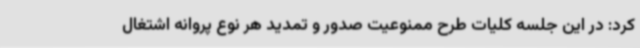
کرد: در این جلسه کلیات طرح ممنوعیت صدور و تمدید هر نوع پروانه اشتغال